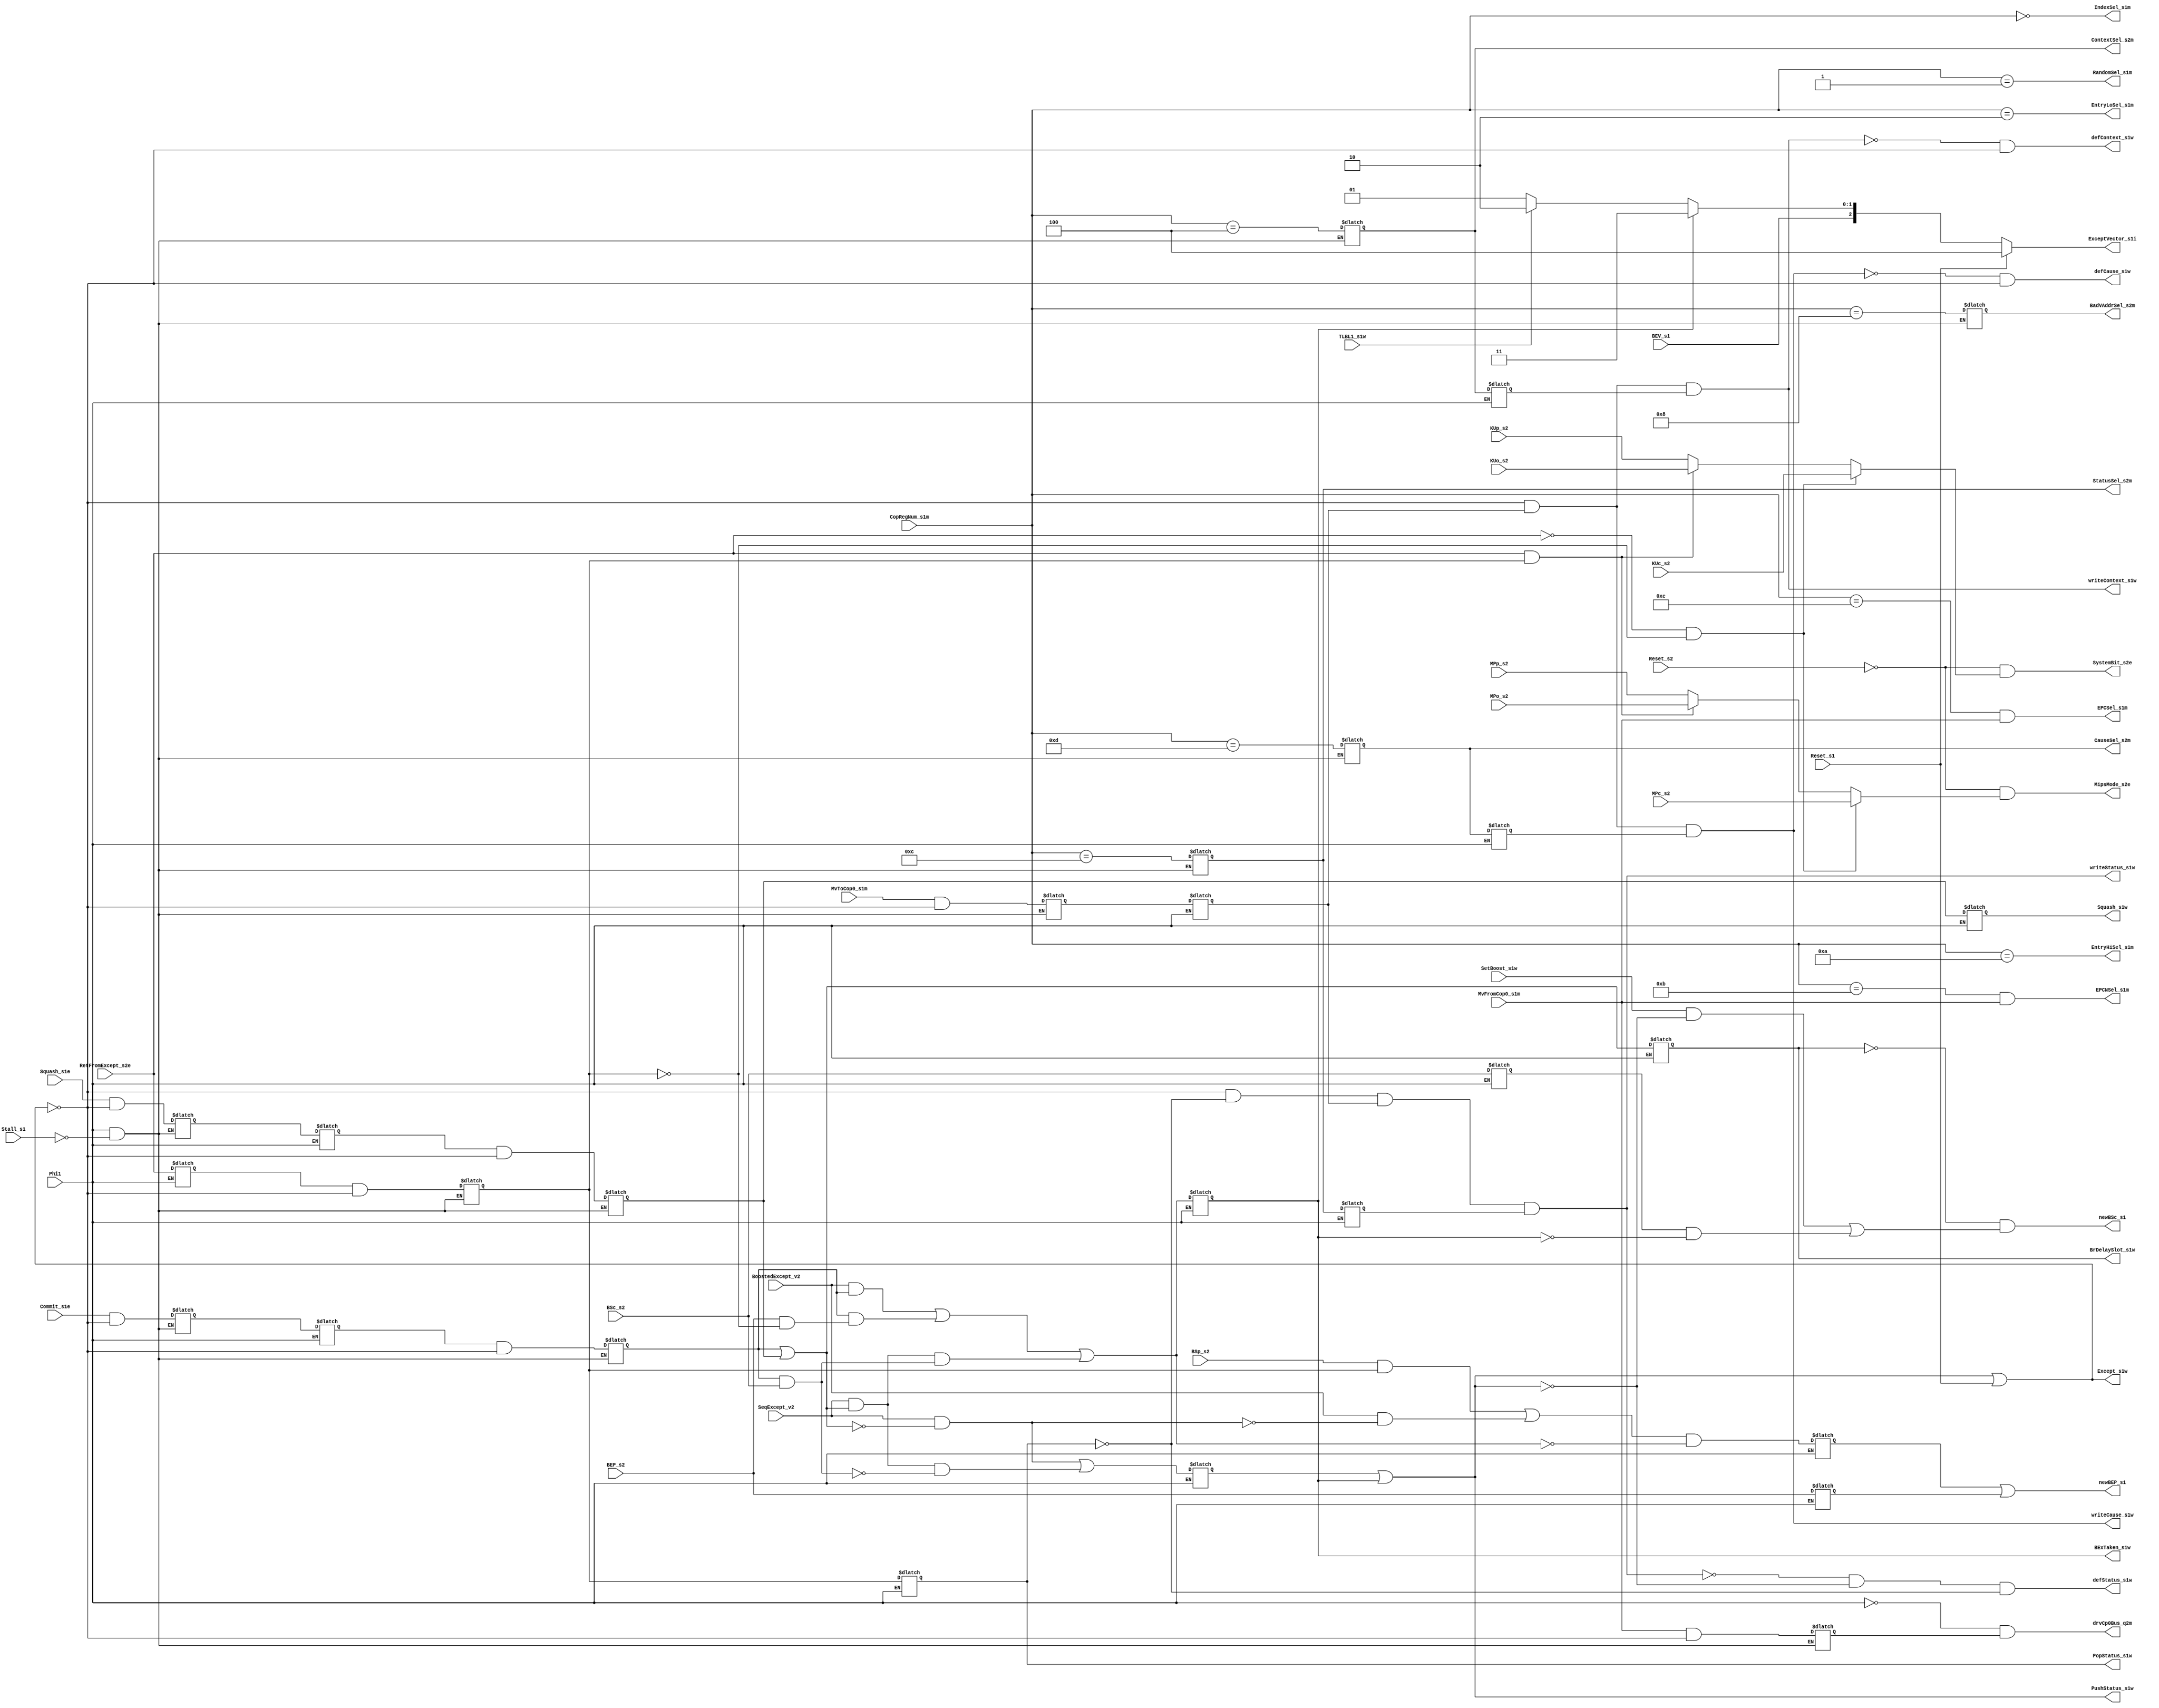
module cp0control(
    Phi1,
//    Phi2,
    Stall_s1,
    Reset_s1,
    Reset_s2,
    BoostedExcept_v2,
    SeqExcept_v2,
    TLBL1_s1w,
    RetFromExcept_s2e,
    BEP_s2,
    BEV_s1,
    BSp_s2,
    BSc_s2,
    Commit_s1e,
    Squash_s1e,
    MvToCop0_s1m,
    MvFromCop0_s1m,
    SetBoost_s1w,
    CopRegNum_s1m,
    MPc_s2,
    MPp_s2,
    MPo_s2,
    KUc_s2,
    KUp_s2,
    KUo_s2,
    PushStatus_s1w,
    PopStatus_s1w,
    BrDelaySlot_s1w,
    Squash_s1w,
    Except_s1w,
    ExceptVector_s1i,
    BExTaken_s1w,
    MipsMode_s2e,
    SystemBit_s2e,
    drvCp0Bus_q2m,
    writeContext_s1w,
    defContext_s1w,
    writeCause_s1w,
    defCause_s1w,
    writeStatus_s1w,
    defStatus_s1w,
    newBSc_s1,
    newBEP_s1,
    IndexSel_s1m, 
    RandomSel_s1m,
    EntryLoSel_s1m,
    EntryHiSel_s1m,
    ContextSel_s2m,
    BadVAddrSel_s2m, 
    StatusSel_s2m,
    CauseSel_s2m,
    EPCSel_s1m,
    EPCNSel_s1m
    );

//
// Clocks & Stalls
//
input		Phi1;
wire		Phi2;
input		Stall_s1;

//
// Latched Reset Signal
//
input		Reset_s1;
input		Reset_s2;

//
// info needed to process exceptions
//
input		BoostedExcept_v2;
input		SeqExcept_v2;
input		TLBL1_s1w;
input		MPc_s2, MPp_s2, MPo_s2;	  // Current, Previous & Old Mips Mode
input		KUc_s2, KUp_s2, KUo_s2;	  // Current, Previous & Old User bit
input		BEP_s2, BEV_s1, BSp_s2, BSc_s2;
input		Commit_s1e;
input		Squash_s1e;
input		SetBoost_s1w;

//
// Information needed for moves from/to cp0 registers
//
input	[3:0]	CopRegNum_s1m;

//
// Decoded instructions
//
input		RetFromExcept_s2e;
input		MvToCop0_s1m;
input		MvFromCop0_s1m;

//
// Exception taken
//
output		Except_s1w;
output		BExTaken_s1w;
output	[2:0]	ExceptVector_s1i;

//
// Decoded instructions
//
output		writeContext_s1w;
output		defContext_s1w;
output		writeCause_s1w;
output		defCause_s1w;
output		writeStatus_s1w;
output		defStatus_s1w;
output		newBSc_s1;
output		newBEP_s1;


//
// Other Outputs 
//
output		BrDelaySlot_s1w;
output		Squash_s1w;
output		PushStatus_s1w;
output		PopStatus_s1w;
output		MipsMode_s2e;
output		SystemBit_s2e;
output		drvCp0Bus_q2m;

//
// Decoded Outputs
//
output		IndexSel_s1m;		  // Always asserted (even if
output		RandomSel_s1m;		  // not doing a move this cycle).
output		EntryLoSel_s1m;
output		EntryHiSel_s1m;
output		ContextSel_s2m;
output		BadVAddrSel_s2m;
output		StatusSel_s2m;
output		CauseSel_s2m;
output		EPCSel_s1m;		  // Only driven when there is a
output		EPCNSel_s1m;		  // move from cp0.

//
// Internal nodes/variables
//
reg	[2:0]	ExceptVector_s1i;
reg		RetFromExcept_s1m; 
reg		RetFromExcept_s2m; 

//
// Move from/to cp0 register
//
reg		ContextSel_s2m;
reg		BadVAddrSel_s2m;
reg		StatusSel_s2m;
reg		CauseSel_s2m;

//
// Commit/Squash pipeline
//
reg		Commit_s2e;
reg		Commit_s1m;
reg		Commit_s2m;
reg		Squash_s2e;
reg		Squash_s1m;
reg		Squash_s2m;
reg		Squash_s1w;

wire		BrDelaySlot_s2m; 	 // Pack in MEM is delay slot of branch
reg		BrDelaySlot_s1w;  

//
// Exceptions
//
reg		PopStatus_s1w;
wire		PushStatus_s1w;
reg		SetBEP_s1w;
reg		BExTaken_s1w;
reg		SEx_s1w;

//
// Determine Exception type
//
wire		BExNoted_v2;
wire		BExTaken_v2;
wire		SEx_v2;			 // Sequential Exception--any kind
wire		BES_v2;			 // Boosted Exception in slot (correct)
wire		SES_v2;			 // Sequential Exception in slot
wire		SENS_v2;		 // Sequential Exception not in slot
wire		CBSc_v2;		 // Commit & boosted code executed
wire		CBEP_v2;		 // Commit & boosted except pending

wire		MipsMode_s2e;
wire		SystemBit_s2e;

//
// Delayed signals
//
reg		MvToCop0_s2m;
reg		MvToCop0_s1w;
reg		MvFromCop0_s2m;
reg		ContextSel_s1w;
reg		StatusSel_s1w;
reg		CauseSel_s1w;
reg		BEP_s1;
reg		BSc_s1;

//
// exception vectors 
//
`define	RST	2'b00			  // reset vector
`define CEV	2'b01			  // common exception vector
`define	TLBR	2'b10			  // TLB refill vector
`define	BEX	2'b11			  // boosted exception vector

initial begin
    ExceptVector_s1i = 0;
    RetFromExcept_s1m = 0; 
    RetFromExcept_s2m = 0; 
    ContextSel_s2m = 0;
    BadVAddrSel_s2m = 0;
    StatusSel_s2m = 0;
    CauseSel_s2m = 0;
    Commit_s2e = 0;
    Commit_s1m = 0;
    Commit_s2m = 0;
    Squash_s2e = 0;
    Squash_s1m = 0;
    Squash_s2m = 0;
    Squash_s1w = 0;
    BrDelaySlot_s1w = 0;  
    PopStatus_s1w = 0;
    SetBEP_s1w = 0;
    BExTaken_s1w = 0;
    SEx_s1w = 0;
    MvToCop0_s2m = 0;
    MvToCop0_s1w = 0;
    MvFromCop0_s2m = 0;
    ContextSel_s1w = 0;
    StatusSel_s1w = 0;
    CauseSel_s1w = 0;
    BEP_s1 = 0;
    BSc_s1 = 0;
end

assign 	Phi2 = ~Phi1;

//
// Determine if WB of a branch delay slot
//
assign BrDelaySlot_s2m = Commit_s2m | Squash_s2m;

//
// Determine exception type during Phi2-MEM
// I dont really understand the euqations. I will have to figure it out.
//
assign BES_v2  = BoostedExcept_v2 & Commit_s2m;
assign SES_v2  = SeqExcept_v2 &  BrDelaySlot_s2m;
assign SENS_v2 = SeqExcept_v2 & ~BrDelaySlot_s2m;
assign CBSc_v2 = Commit_s2m & BSc_s2;
assign CBEP_v2 = Commit_s2m & (BEP_s2 & ~RetFromExcept_s2m);

assign BExNoted_v2 = BSp_s2 & RetFromExcept_s2m |
                     BoostedExcept_v2 & ~SENS_v2;

assign BExTaken_v2 = BES_v2 | CBEP_v2 | SES_v2 & CBSc_v2;

assign SEx_v2 = SENS_v2 | SES_v2 & ~CBSc_v2;

//
// Generate exception control signals during Phi1-WB 
//
always @(Phi2 or SEx_v2 or BExTaken_v2 or BExNoted_v2) begin
    if (Phi2) begin
	SEx_s1w = SEx_v2;
	BExTaken_s1w = BExTaken_v2;
	SetBEP_s1w = BExNoted_v2 & ~BExTaken_v2; 
    end
end

assign PushStatus_s1w = SEx_s1w | BExTaken_s1w;
assign Except_s1w = PushStatus_s1w | Reset_s1;

//
// Exception vector encoder (note implied logic is a MUX not a LATCH)
//
always @(Reset_s1 or TLBL1_s1w or SEx_s1w or BExTaken_s1w or BEV_s1) begin
    if (Reset_s1)
	ExceptVector_s1i = {1'b1, `RST};
    else if (BExTaken_s1w)
	ExceptVector_s1i = {BEV_s1, `BEX};
    else if (TLBL1_s1w)
	ExceptVector_s1i = {BEV_s1, `TLBR};
    else
	ExceptVector_s1i = {BEV_s1, `CEV};
end

//
// RFE handling (Return From Exception)
//
always @(Phi1 or Stall_s1 or RetFromExcept_s1m or Except_s1w) begin
    if (Phi1 & ~Stall_s1) begin
	RetFromExcept_s2m = RetFromExcept_s1m & ~Except_s1w;
    end
end

always @(Phi2 or RetFromExcept_s2e or RetFromExcept_s2m)
begin
    if (Phi2) begin
	RetFromExcept_s1m = RetFromExcept_s2e;
	PopStatus_s1w = RetFromExcept_s2m;
    end
end

//
// System Bit/Mips Mode Handling
//
assign MipsMode_s2e = ~Reset_s2 & (
			(~RetFromExcept_s2e & ~RetFromExcept_s2m) ? 
			MPc_s2 : 
			(RetFromExcept_s2e & RetFromExcept_s2m) ?
			MPo_s2 : MPp_s2
			);
assign SystemBit_s2e = ~Reset_s2 & (
			(~RetFromExcept_s2e & ~RetFromExcept_s2m) ?
			KUc_s2 :
			(RetFromExcept_s2e & RetFromExcept_s2m) ?
			KUo_s2 : KUp_s2
			);

//---------------------------------------------------------------------------
//			--- Register Decoder ---
//---------------------------------------------------------------------------
assign IndexSel_s1m    = (CopRegNum_s1m[3:0] == 4'd0);
assign RandomSel_s1m   = (CopRegNum_s1m[3:0] == 4'd1);
assign EntryLoSel_s1m  = (CopRegNum_s1m[3:0] == 4'd2);
assign EntryHiSel_s1m  = (CopRegNum_s1m[3:0] == 4'd10);
assign EPCSel_s1m      = (CopRegNum_s1m[3:0] == 4'd14) & MvFromCop0_s1m;
assign EPCNSel_s1m     = (CopRegNum_s1m[3:0] == 4'd11) & MvFromCop0_s1m;

always @(Phi1 or Stall_s1 or CopRegNum_s1m) begin
    if (Phi1 & ~Stall_s1) begin
	ContextSel_s2m  = (CopRegNum_s1m[3:0] == 4'd4);
	BadVAddrSel_s2m = (CopRegNum_s1m[3:0] == 4'd8);
	StatusSel_s2m   = (CopRegNum_s1m[3:0] == 4'd12);
	CauseSel_s2m    = (CopRegNum_s1m[3:0] == 4'd13);
    end
end

always @(Phi2 or ContextSel_s2m or StatusSel_s2m or
	CauseSel_s2m) begin
    if (Phi2) begin
	ContextSel_s1w = ContextSel_s2m;
	StatusSel_s1w = StatusSel_s2m;
	CauseSel_s1w = CauseSel_s2m;
    end
end

//---------------------------------------------------------------------------
//			--- Datapath Control ---
//---------------------------------------------------------------------------
//
// Context Register
//
assign writeContext_s1w = ~Except_s1w & MvToCop0_s1w & ContextSel_s1w;
assign defContext_s1w = ~writeContext_s1w & ~Except_s1w;

//
// Cuase Register
//
assign writeCause_s1w = ~Except_s1w & MvToCop0_s1w & CauseSel_s1w;
assign defCause_s1w = ~writeCause_s1w & ~Except_s1w;

//
// Status register
//
assign writeStatus_s1w = ~Except_s1w & ~PopStatus_s1w & MvToCop0_s1w &
			StatusSel_s1w;
assign defStatus_s1w = ~writeStatus_s1w & ~PushStatus_s1w & ~PopStatus_s1w;
assign newBSc_s1 = ~BrDelaySlot_s1w & ((SetBoost_s1w & ~PushStatus_s1w) |
			(BSc_s1 & ~BExTaken_s1w));
assign newBEP_s1 = SetBEP_s1w | BEP_s1;

//
// Cp0 Bus driver
//
assign drvCp0Bus_q2m = Phi2 & MvFromCop0_s2m;

//---------------------------------------------------------------------------
//			--- Delayed Signals ---
//---------------------------------------------------------------------------
always @(Phi1 or Commit_s1e or Commit_s1m or Squash_s1e or Squash_s1m or
	Except_s1w or Stall_s1) begin
    if (Phi1 & ~Stall_s1) begin
	Commit_s2e = Commit_s1e & ~Except_s1w;
	Commit_s2m = Commit_s1m & ~Except_s1w;
	Squash_s2e = Squash_s1e & ~Except_s1w;
	Squash_s2m = Squash_s1m & ~Except_s1w;
  end
end

always @(Phi2 or Squash_s2e or Squash_s2m or Commit_s2e or
	BrDelaySlot_s2m) begin
    if (Phi2) begin
	Squash_s1m = Squash_s2e;
	Squash_s1w = Squash_s2m;
	Commit_s1m = Commit_s2e;
	BrDelaySlot_s1w = BrDelaySlot_s2m;
    end
end

always @(Phi1 or Stall_s1 or Except_s1w or MvToCop0_s1m or
	MvFromCop0_s1m) begin
    if (Phi1 & ~Stall_s1) begin
	MvToCop0_s2m = MvToCop0_s1m & ~Except_s1w;
	MvFromCop0_s2m = MvFromCop0_s1m & ~Except_s1w;
    end
end

always @(Phi2 or MvToCop0_s2m) begin
    if (Phi2) MvToCop0_s1w = MvToCop0_s2m;
end

always @(Phi2 or BEP_s2 or BSc_s2) begin
    if (Phi2) begin
	BEP_s1 = BEP_s2;
	BSc_s1 = BSc_s2;
    end
end
endmodule